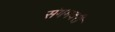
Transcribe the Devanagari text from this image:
संगमवरी